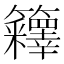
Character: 𰪤